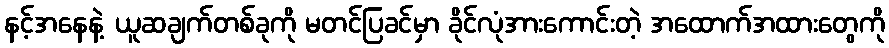
နင့်အနေနဲ့ ယူဆချက်တစ်ခုကို မတင်ပြခင်မှာ ခိုင်လုံအားကောင်းတဲ့ အထောက်အထားတွေကို